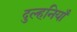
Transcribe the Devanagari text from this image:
दुल्हनियाँ